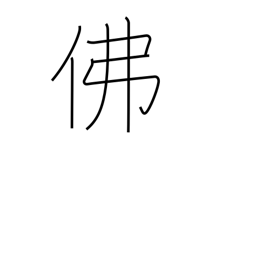
Meaning: France